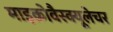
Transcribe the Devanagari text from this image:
माइक्रोवैस्क्यूलेचर